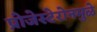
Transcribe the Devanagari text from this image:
प्रोजेस्टेरोनमुळे